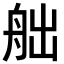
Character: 𦨥